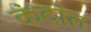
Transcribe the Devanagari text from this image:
कंदांत